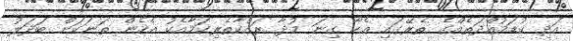
އަދި ކުޑަމުއްދަތެއްގެ ތެރޭގައި އެހާ ގިނަ މުދާ ރައްކާތެރިކަމާއެކު އެހެން ތަނަަކަށް ބަދަލު